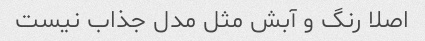
اصلا رنگ و آبش مثل مدل جذاب نیست